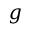
g